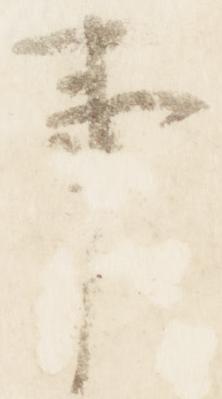
事